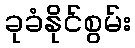
ခုခံနိုင်စွမ်း